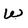
Character: w